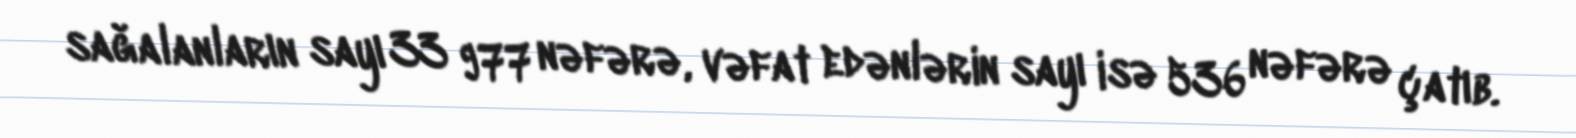
sağalanların sayı 33 977 nəfərə, vəfat edənlərin sayı isə 536 nəfərə çatıb.